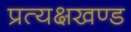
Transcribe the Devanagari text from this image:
प्रत्यक्षखण्ड